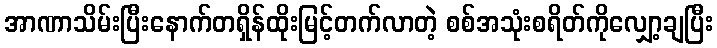
အာဏာသိမ်းပြီးနောက်တရှိန်ထိုးမြင့်တက်လာတဲ့ စစ်အသုံးစရိတ်ကိုလျှော့ချပြီး